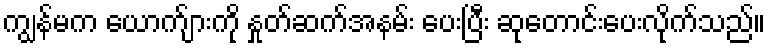
ကျွန်မက ယောက်ျားကို နှုတ်ဆက်အနမ်း ပေးပြီး ဆုတောင်းပေးလိုက်သည်။